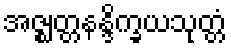
အဇ္ဈတ္တနန္ဒိက္ခယသုတ္တံ